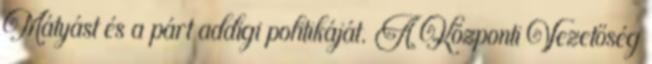
Mátyást és a párt addigi politikáját. A Központi Vezetőség